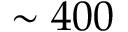
\sim 4 0 0